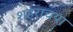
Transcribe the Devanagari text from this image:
शहराचया